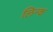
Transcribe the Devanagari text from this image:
लिन्क